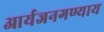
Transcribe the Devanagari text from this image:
आर्यजनगण्याय